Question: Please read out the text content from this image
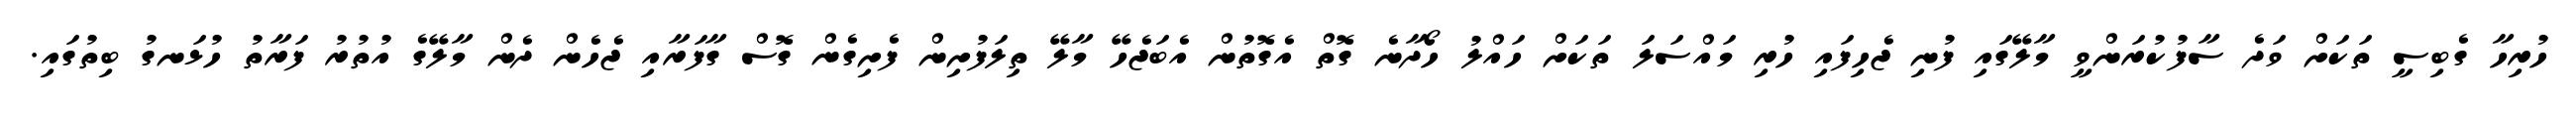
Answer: ހުރިހާ ގެބިސީ ތަކަށް ވަދެ ސާފުކުރަންވީ މާލޭގައި ފުނި ޖެހިފައި ހުރި މައްސަލަ ތަކަށް ހައްލު ހޯދާނެ ގޮތް އެގޮތުން އެބަޖެހޭ މާލޭ ތިލަފުށިން ފެށިގެން ގޮސް ގާފަރާއި ޖެހެން ދެން މާލޭގެ އުތުރު ފަރާތު ހުޅަނގު ބިތުގައި.